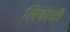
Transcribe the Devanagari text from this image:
लिंबोळी